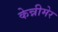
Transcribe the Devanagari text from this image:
केन्नीमेर